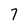
Character: 7